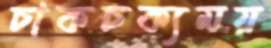
চাকচক্যময়